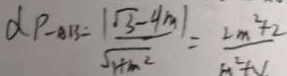
\alpha P - A B = \frac { \vert \sqrt { 3 } - 4 \vert m \vert } { \sqrt { 1 + m ^ { 2 } } } = \frac { 2 m ^ { 2 } + 2 } { m ^ { 2 } + 2 }